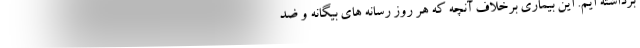
برداشته ایم. این بیماری برخلاف آنچه که هر روز رسانه های بیگانه و ضد